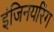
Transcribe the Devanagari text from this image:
इंजिनयरिंग